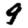
Digit: 9